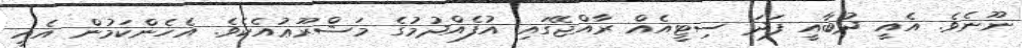
ނޫނެވެ. އެއީ ދުބާއީ ފަދަ ސިޓީއެއް ރާއްޖޭގައި އުފެއްދުމުގެ މަޝްރޫޢުއެކެވެ. އެހެންކަމުން އެއީ